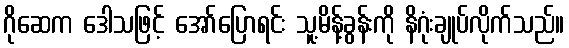
ဂိုဆေက ဒေါသဖြင့် အော်ပြောရင်း သူ့မိန့်ခွန်းကို နိဂုံးချုပ်လိုက်သည်။